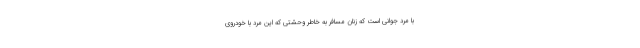
با مرد جوانی است که زنان مسافر به خاطر وحشتی که این مرد با خودروی